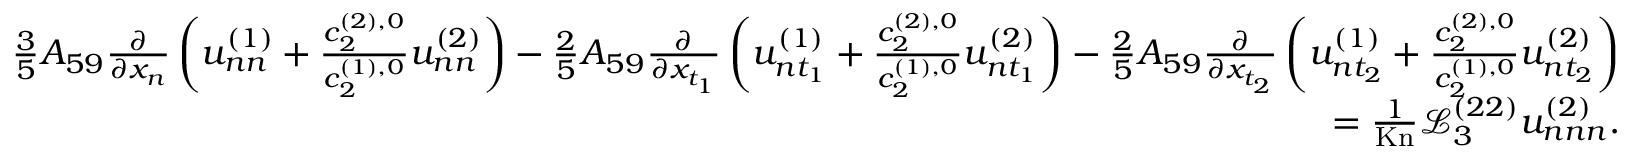
\begin{array} { r } { \frac { 3 } { 5 } A _ { 5 9 } \frac { \partial } { \partial x _ { n } } \left( u _ { n n } ^ { ( 1 ) } + \frac { c _ { 2 } ^ { ( 2 ) , 0 } } { c _ { 2 } ^ { ( 1 ) , 0 } } u _ { n n } ^ { ( 2 ) } \right) - \frac { 2 } { 5 } A _ { 5 9 } \frac { \partial } { \partial x _ { t _ { 1 } } } \left( u _ { n t _ { 1 } } ^ { ( 1 ) } + \frac { c _ { 2 } ^ { ( 2 ) , 0 } } { c _ { 2 } ^ { ( 1 ) , 0 } } u _ { n t _ { 1 } } ^ { ( 2 ) } \right) - \frac { 2 } { 5 } A _ { 5 9 } \frac { \partial } { \partial x _ { t _ { 2 } } } \left( u _ { n t _ { 2 } } ^ { ( 1 ) } + \frac { c _ { 2 } ^ { ( 2 ) , 0 } } { c _ { 2 } ^ { ( 1 ) , 0 } } u _ { n t _ { 2 } } ^ { ( 2 ) } \right) } \\ { = \frac { 1 } { \mathrm { K n } } \mathscr { L } _ { 3 } ^ { ( 2 2 ) } u _ { n n n } ^ { ( 2 ) } . } \end{array}